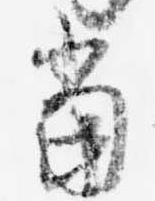
当